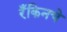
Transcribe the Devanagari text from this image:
रँकिनचे